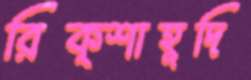
রিক্শাহূদি